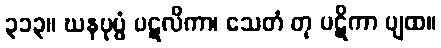
၃၁၃။ ဃနပုပ္ဖံ ပဋလိကာ၊ သေတံ တု ပဋိကာ ပျထ။